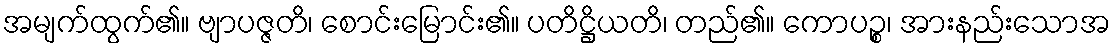
အမျက်ထွက်၏။ ဗျာပဇ္ဇတိ၊ စောင်းမြောင်း၏။ ပတိဋ္ဌိယတိ၊ တည်၏။ ကောပဉ္စ၊ အားနည်းသောအ